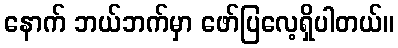
နောက် ဘယ်ဘက်မှာ ဖော်ပြလေ့ရှိပါတယ်။